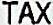
TAX